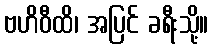
ဗဟိဝီထိ၊ အပြင် ခရီးသို့။